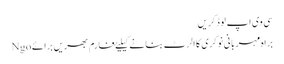
سی وی اپ لوڈ کریں
براہ مہربانی نوکری کا الرٹ بنانے کیلیۓ فارم بھریں برائے Ngo